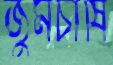
জুমচাষি